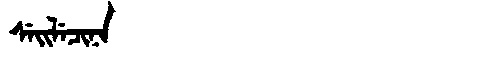
Manchu: ᠰᡝᡳᠯᡝᠴᡳᠨᠠ
Romanization: SEILECINA